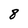
Character: 8